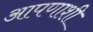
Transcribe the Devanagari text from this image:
आपणाशी